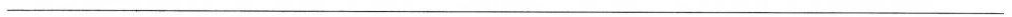
___